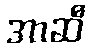
အာဆီ